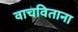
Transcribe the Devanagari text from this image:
वाचविताना